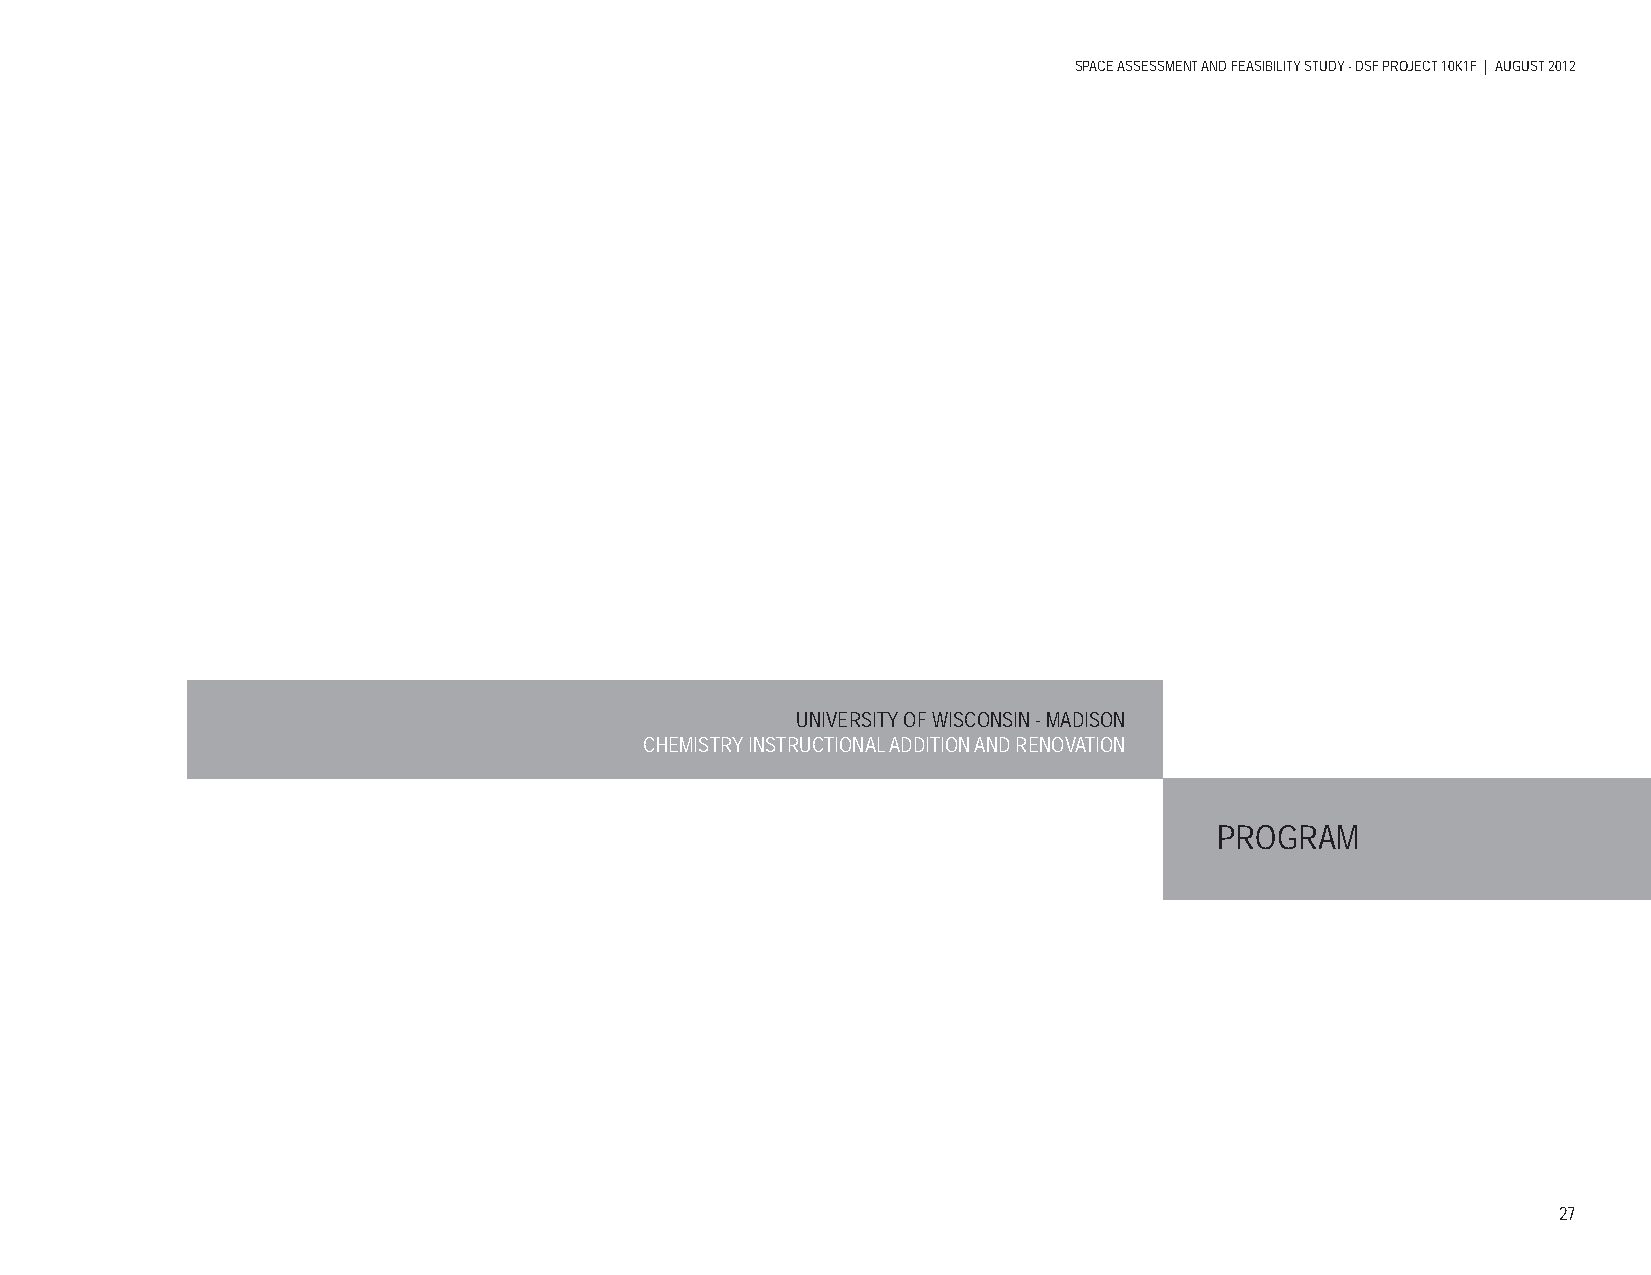
SPACE ASSESSMENT AND FEASIBILITY STUDY - DSF PROJECT 10K1F | AUGUST 2012
 UNIVERSITY OF WISCONSIN - MADISON
 CHEMISTRY INSTRUCTIONAL ADDITION AND RENOVATION
 PROGRAM
 27